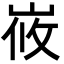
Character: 峳